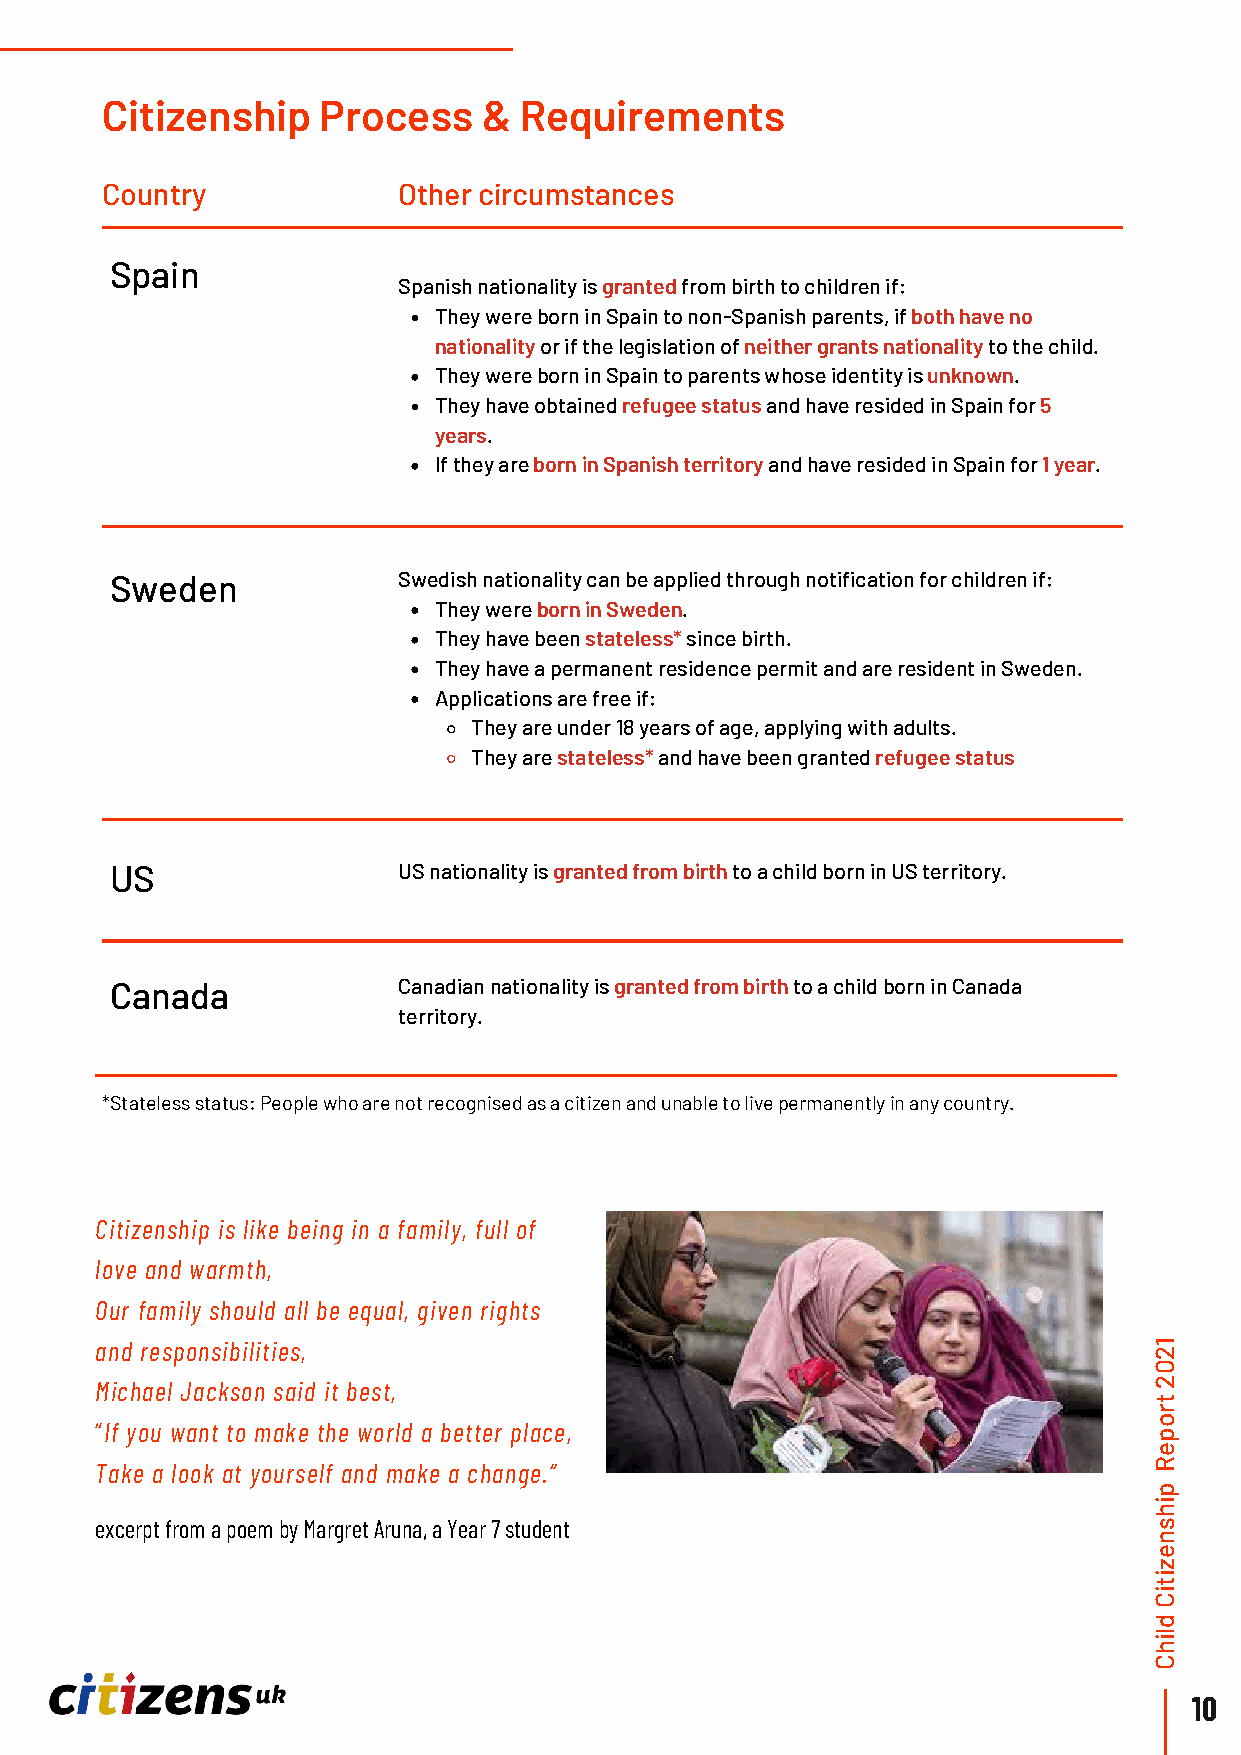
Citizenship   Process    & Requirements
 Country            Other circumstances
 Spain
 Spanish nationality is granted from birth to children if:
 They were born in Spain to non-Spanish parents, if both have no
 nationality or if the legislation of neither grants nationality to the child.
 They were born in Spain to parents whose identity is unknown.
 They have obtained refugee status and have resided in Spain for 5
 years.
 If they are born in Spanish territory and have resided in Spain for 1 year.
 Sweden             Swedish nationality can be applied through notification for children if:
 They were born in Sweden.
 They have been stateless* since birth.
 They have a permanent residence permit and are resident in Sweden.
 Applications are free if:
 They are under 18 years of age, applying with adults.
 They are stateless* and have been granted refugee status
 US                 US nationality is granted from birth to a child born in US territory.
 Canada             Canadian nationality is granted from birth to a child born in Canada
 territory.
 *Stateless status: People who are not recognised as a citizen and unable to live permanently in any country.
 Citizenship is like being in a family, full of
 love and warmth,
 Our family should all be equal, given rights
 and responsibilities,                                                 1
 2
 0
 Michael Jackson said it best,                                         2
 t
 r
 o
 “If you want to make the world a better place,
 p
 e
 Take a look at yourself and make a change.”                           R
 p
 i
 h
 excerpt from a poem by Margret Aruna, a Year 7 student                s
 n
 e
 z
 i
 t
 i
 C
 d
 il
 h
 C
 10